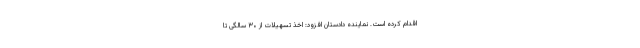
اقدام کرده است. نماینده دادستان افزود: اخذ تسهیلات از ۳۰ سالگی تا